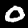
Label: 0